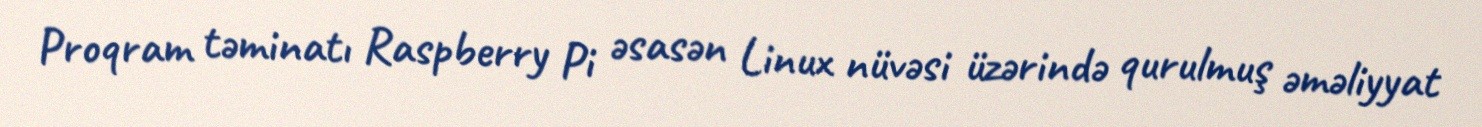
Proqram təminatı Raspberry Pi əsasən Linux nüvəsi üzərində qurulmuş əməliyyat